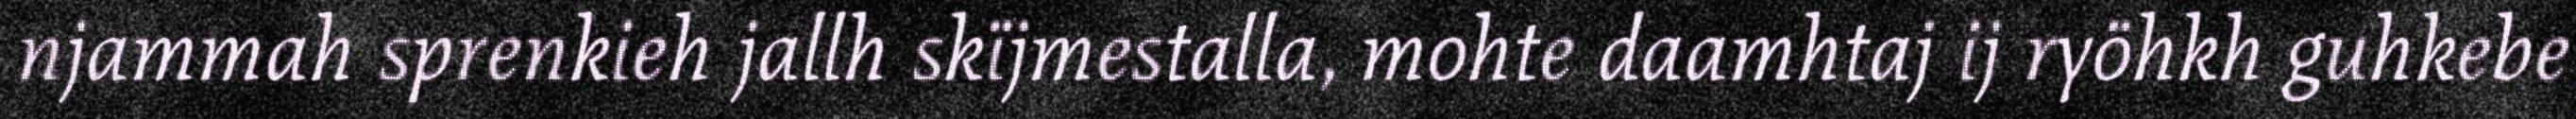
njammah sprenkieh jallh skïjmestalla, mohte daamhtaj ij ryöhkh guhkebe